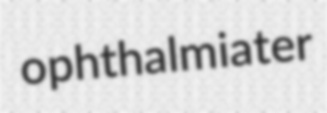
ophthalmiater